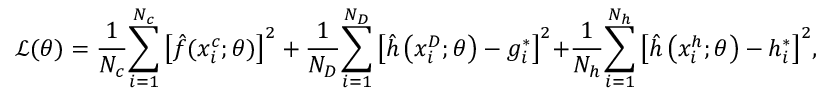
\mathcal { L } ( \theta ) = \frac { 1 } { { { N _ { c } } } } { \sum _ { i = 1 } ^ { { N _ { c } } } { \left[ { \hat { f } ( x _ { i } ^ { c } ; \theta ) } \right] } ^ { 2 } } + \frac { 1 } { { { N _ { D } } } } { \sum _ { i = 1 } ^ { { N _ { D } } } { \left[ { \hat { h } \left( { x _ { i } ^ { D } ; \theta } \right) - g _ { i } ^ { * } } \right] } ^ { 2 } } \mathrm { { + } } \frac { 1 } { { { N _ { h } } } } { \sum _ { i = 1 } ^ { { N _ { h } } } { \left[ { \hat { h } \left( { x _ { i } ^ { h } ; \theta } \right) - h _ { i } ^ { * } } \right] } ^ { 2 } } ,